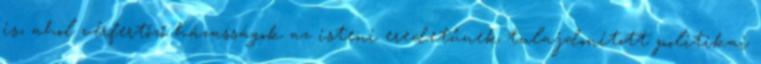
is, ahol vérfertőző házasságok az isteni eredetűnek tulajdonított politikai